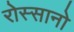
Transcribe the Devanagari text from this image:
रोस्सानो